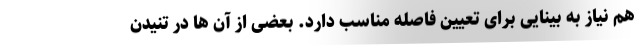
هم نیاز به بینایی برای تعیین فاصله مناسب دارد. بعضی از آن ها در تنیدن